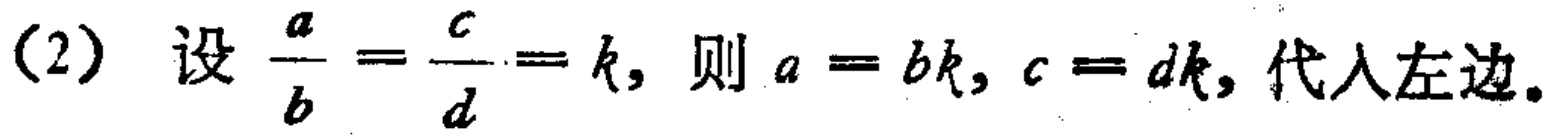
(2) 设 \(\frac{a}{b}=\frac{c}{d}=k\)，则 \(a = bk\)，\(c = dk\)，代入左边。